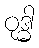
ဝုဒ္ဓါ